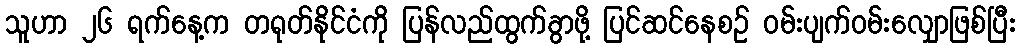
သူဟာ ၂၆ ရက်နေ့က တရုတ်နိုင်ငံကို ပြန်လည်ထွက်ခွာဖို့ ပြင်ဆင်နေစဉ် ဝမ်းပျက်ဝမ်းလျှောဖြစ်ပြီး